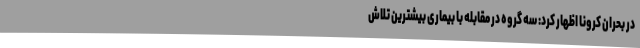
در بحران کرونا اظهار کرد: سه گروه در مقابله با بیماری بیشترین تلاش